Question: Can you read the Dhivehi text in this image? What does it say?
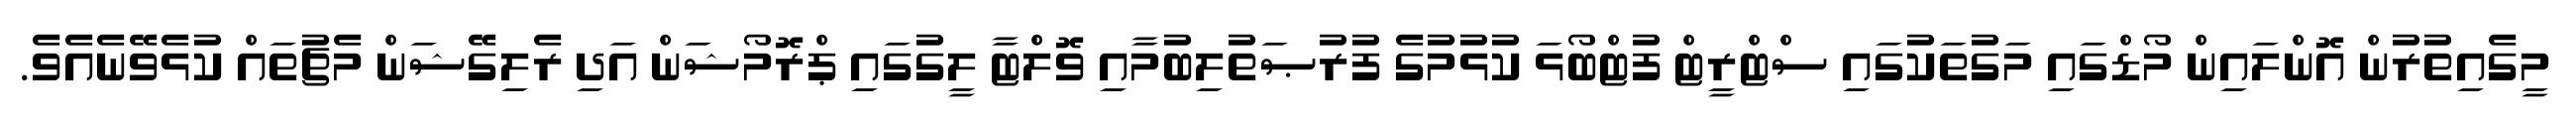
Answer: މީގެއިތުރުން އޮންލައިން މޯޑްގައި މަގުތަކުގައި ސްޓްރީޓް ފުޓްބޯޅަ ކުޅުމުގެ ފުރުޞަތުލިބުމާއި ވޮލްޓާ ލީގުގައި ޕްރޮމޯޝަން އަދި ރެލިގޭޝަން މެޗުތައް ކުޅެވޭނެއެވެ.